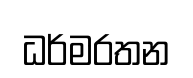
ධර්මරතන